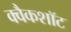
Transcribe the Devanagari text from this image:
क्वैकशॉट